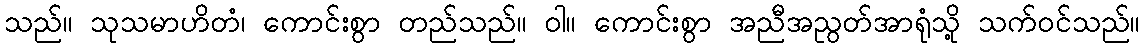
သည်။ သုသမာဟိတံ၊ ကောင်းစွာ တည်သည်။ ဝါ။ ကောင်းစွာ အညီအညွတ်အာရုံသို့ သက်ဝင်သည်။